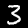
Digit: 3